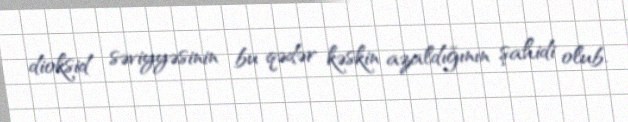
dioksid səviyyəsinin bu qədər kəskin azaldığının şahidi olub.